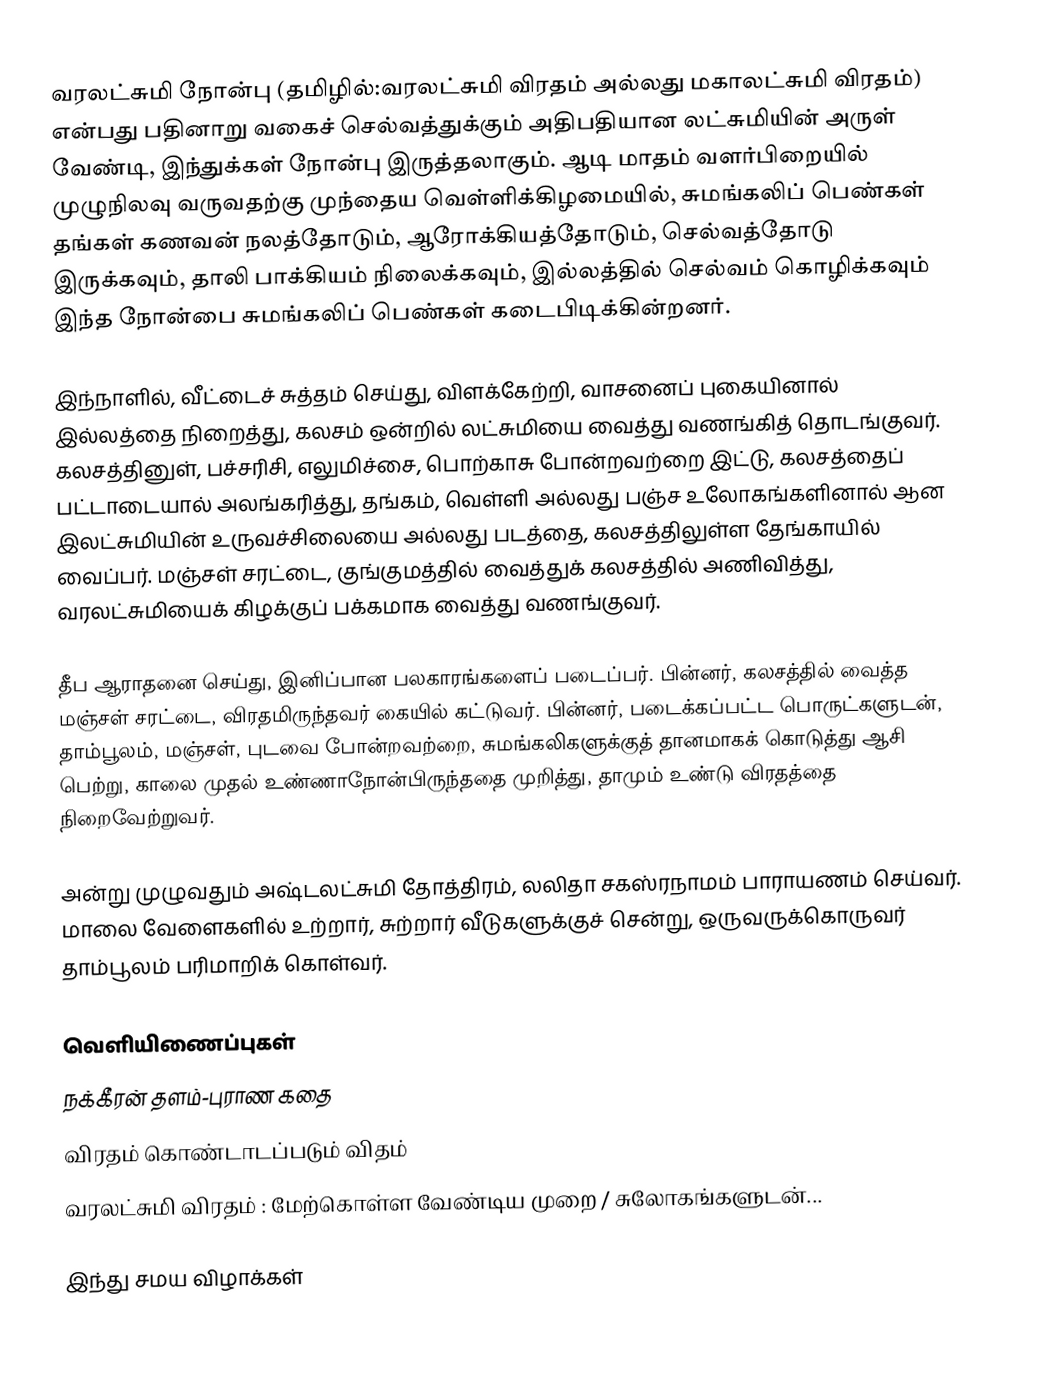
வரலட்சுமி நோன்பு (தமிழில்:வரலட்சுமி விரதம் அல்லது மகாலட்சுமி விரதம்) என்பது பதினாறு வகைச் செல்வத்துக்கும் அதிபதியான லட்சுமியின் அருள் வேண்டி, இந்துக்கள் நோன்பு இருத்தலாகும். ஆடி மாதம் வளர்பிறையில் முழுநிலவு வருவதற்கு முந்தைய வெள்ளிக்கிழமையில், சுமங்கலிப் பெண்கள் தங்கள் கணவன் நலத்தோடும், ஆரோக்கியத்தோடும், செல்வத்தோடு இருக்கவும், தாலி பாக்கியம் நிலைக்கவும், இல்லத்தில் செல்வம் கொழிக்கவும் இந்த நோன்பை சுமங்கலிப் பெண்கள் கடைபிடிக்கின்றனர்.

இந்நாளில், வீட்டைச் சுத்தம் செய்து, விளக்கேற்றி, வாசனைப் புகையினால் இல்லத்தை நிறைத்து, கலசம் ஒன்றில் லட்சுமியை வைத்து வணங்கித் தொடங்குவர். கலசத்தினுள், பச்சரிசி, எலுமிச்சை, பொற்காசு போன்றவற்றை இட்டு, கலசத்தைப் பட்டாடையால் அலங்கரித்து, தங்கம், வெள்ளி அல்லது பஞ்ச உலோகங்களினால் ஆன இலட்சுமியின் உருவச்சிலையை அல்லது படத்தை, கலசத்திலுள்ள தேங்காயில் வைப்பர். மஞ்சள் சரட்டை, குங்குமத்தில் வைத்துக் கலசத்தில் அணிவித்து, வரலட்சுமியைக் கிழக்குப் பக்கமாக வைத்து வணங்குவர்.

தீப ஆராதனை செய்து, இனிப்பான பலகாரங்களைப் படைப்பர். பின்னர், கலசத்தில் வைத்த மஞ்சள் சரட்டை, விரதமிருந்தவர் கையில் கட்டுவர். பின்னர், படைக்கப்பட்ட பொருட்களுடன், தாம்பூலம், மஞ்சள், புடவை போன்றவற்றை, சுமங்கலிகளுக்குத் தானமாகக் கொடுத்து ஆசி பெற்று, காலை முதல் உண்ணாநோன்பிருந்ததை முறித்து, தாமும் உண்டு விரதத்தை நிறைவேற்றுவர்.

அன்று முழுவதும் அஷ்டலட்சுமி தோத்திரம், லலிதா சகஸ்ரநாமம் பாராயணம் செய்வர். மாலை வேளைகளில் உற்றார், சுற்றார் வீடுகளுக்குச் சென்று, ஒருவருக்கொருவர் தாம்பூலம் பரிமாறிக் கொள்வர்.

வெளியிணைப்புகள்
நக்கீரன் தளம்-புராண கதை
விரதம் கொண்டாடப்படும் விதம்
வரலட்சுமி விரதம் : மேற்கொள்ள வேண்டிய முறை / சுலோகங்களுடன்...

இந்து சமய விழாக்கள்